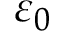
\varepsilon _ { 0 }